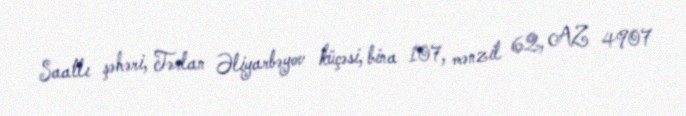
Saatlı şəhəri, Tərlan Əliyarbəyov küçəsi, bina 107, mənzil 62, AZ 4907